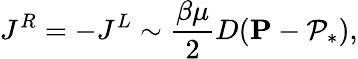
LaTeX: J^{R}=-J^{L}\sim\frac{\beta\mu}{2}D(\mathbf{P}-\mathcal{P}_{*}),